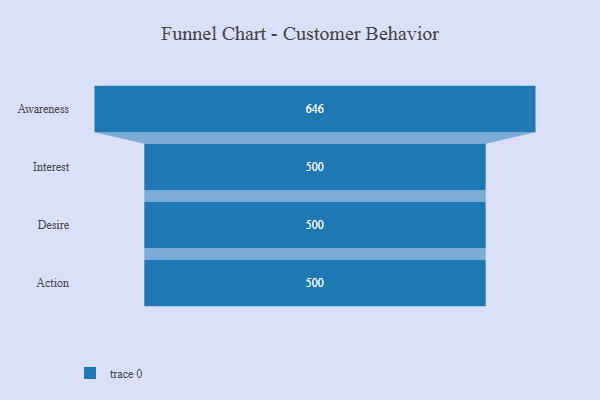
{"axis": {"x": "Stage", "y": "Value"}, "legend": [""], "data": [{"x": "Awareness", "y": 646.0, "type": ""}, {"x": "Interest", "y": 500, "type": ""}, {"x": "Desire", "y": 500, "type": ""}, {"x": "Action", "y": 500, "type": ""}]}